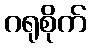
ဂရုစိုက်